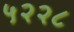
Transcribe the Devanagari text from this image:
५२२८